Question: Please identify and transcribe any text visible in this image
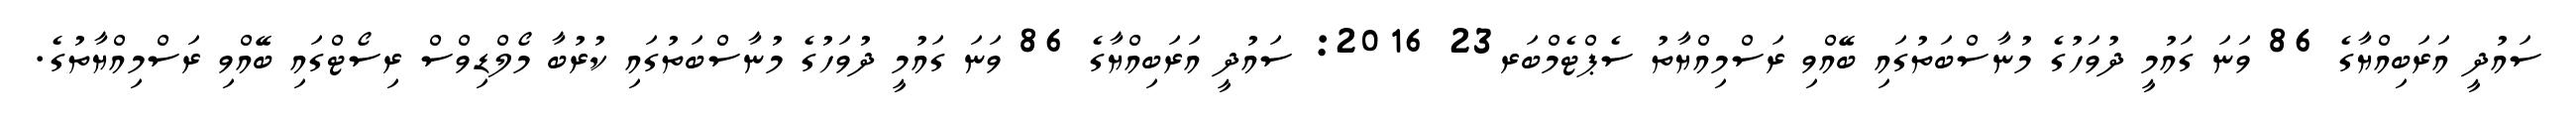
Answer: ސައުދީ އަރަބިއްޔާގެ 86 ވަނަ ގައުމީ ދުވަހުގެ މުނާސްބަތުގައި ބޭއްވި ރަސްމިއްޔާތު ސެޕްޓެމްބަރ23 2016: ސައުދީ އަރަބިއްޔާގެ 86 ވަނަ ގައުމީ ދުވަހުގެ މުނާސްބަތުގައި ކުރުބާ މޯލްޑިވްސް ރިސޯޓްގައި ބޭއްވި ރަސްމިއްޔާތުގެ.